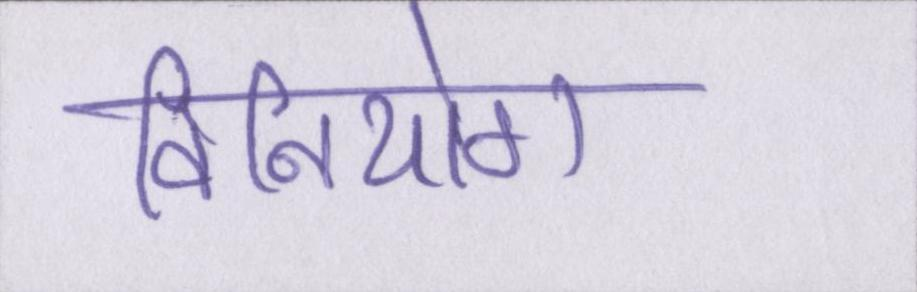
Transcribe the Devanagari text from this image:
विनियोग